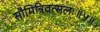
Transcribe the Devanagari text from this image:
सौमित्रिवत्सलः॥५॥